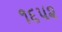
૧૬૫૨